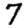
Digit: 7